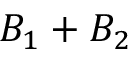
B _ { 1 } + B _ { 2 }